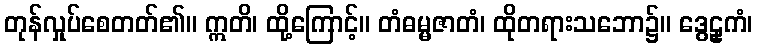
တုန်လှုပ်စေတတ်၏။ ဣတိ၊ ထို့ကြောင့်။ တံဓမ္မဇာတံ၊ ထိုတရားသဘော၌။ ဒွေဠှကံ၊